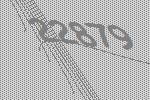
22879